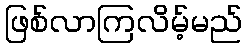
ဖြစ်လာကြလိမ့်မည်